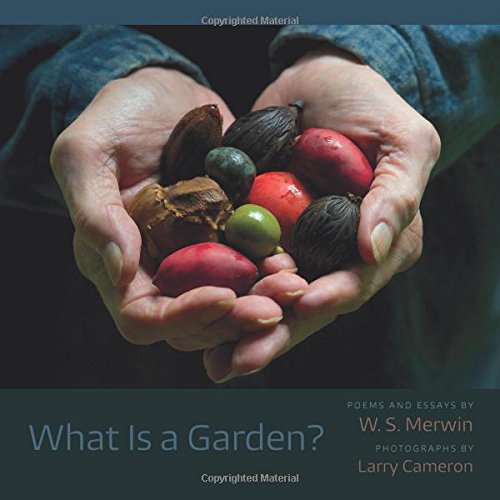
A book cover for What Is a Garden?; W. S. Merwin; Crafts, Hobbies & Home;